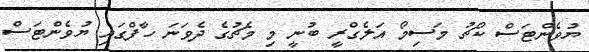
ޔުވެންޓަސް ކޯޗު މަސިމޯ އަލެގްރީ ބުނީ މި މެޗުގެ ދެވަނަ ހާފްގައި ޔުވެންޓަސް